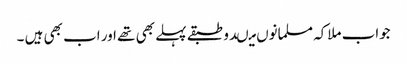
جواب ملاکہ مسلمانوں میںدو طبقے پہلے بھی تھے اور اب بھی ہیں ۔